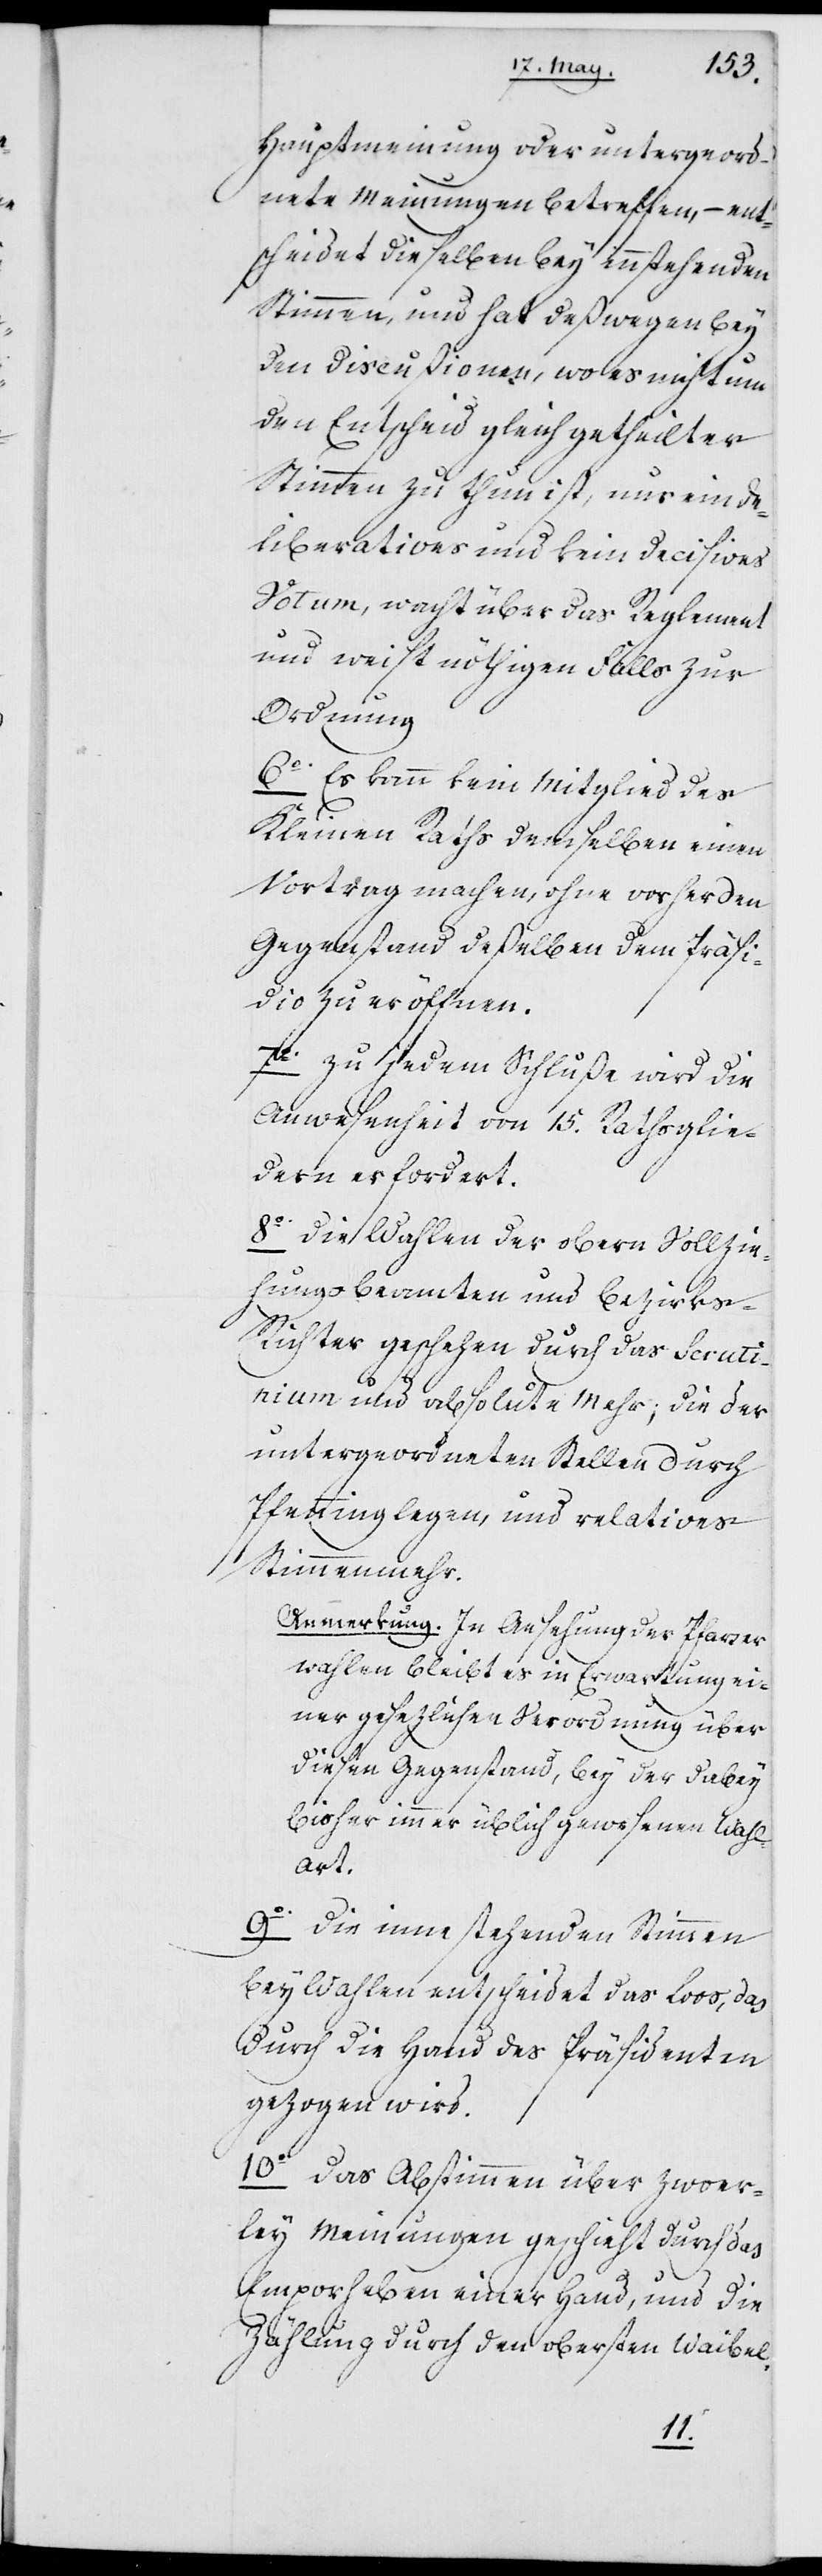
Hauptmeynung oder untergeord¬
nete Meinungen betreffen, – ent¬
scheidet dieselben bey innstehenden
Stimmen, und hat deßwegen bey
den Discußionen, wo es nicht um
den Entscheid gleich getheilter
Stimmen zu tun ist, nur ein De¬
liberations und kein Decisions
Votum, wacht über das Reglement
und weist nöthigen Falls zur
Ordnung.
6o Es kann kein Mitglied des
Kleinen Raths demselben einen
Vortrag machen, ohne vorher den
Gegenstand deßelben dem Präsi¬
dio zu eröffnen.
Zu jedem Schluße wird die
Anwesenheit von 15. Ratsglie¬
dern erfordert.
8o Die Wahlen der obern Vollzie¬
hungsbeamten und Bezirks-R¬
ichter geschehen durch das Scruti¬
nium und absolute Mehr; die der
untergeordneten Stellen durch
Pfenninglegen und relative¬
s Stimmenmehr.
Anmerkung. In Ansehung der Pfarrer¬
wahlen bleibt es in Erwartung ein¬
er gesezlichen Verordnung über
diesen Gegenstand, bey der dabey
bisher immer üblich gewesenen Wahl-A¬
rt.
9o Die inne stehenden Stimmen
bey Wahlen entscheidet das Loos, das
durch die Hand des Präsidenten
gezogen wird.
10o Das Abstimmen über zwoeyer¬
ley Meinungen geschieht durch das
Emporheben einer Hand, und die
Zählung durch den obersten Waibel.